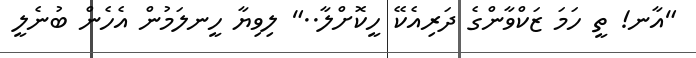
"އާނ! ތީ ހަމަ ޒަކްވާންގެ ދަރިއެކޭ ހީކޮށްލާ.." ލިވިޔާ ހީނލަމުން އެހެން ބުނެލީ